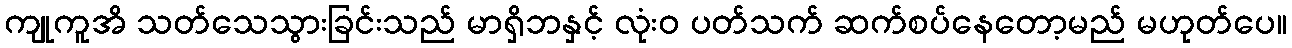
ကျုကူအိ သတ်သေသွားခြင်းသည် မာရှိဘနှင့် လုံးဝ ပတ်သက် ဆက်စပ်နေတော့မည် မဟုတ်ပေ။